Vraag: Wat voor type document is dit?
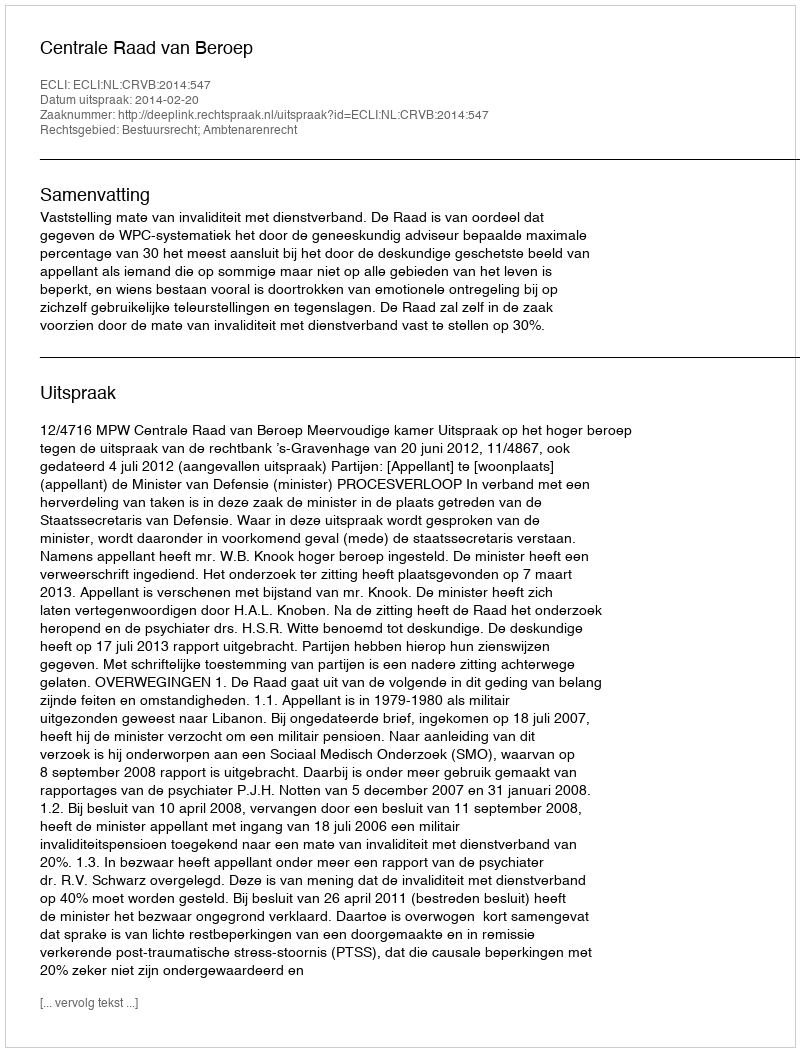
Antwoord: Uitspraak